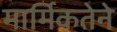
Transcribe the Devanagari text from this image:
मार्मिकतेने